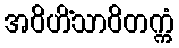
အဝိဟိံသာဝိတက္ကံ